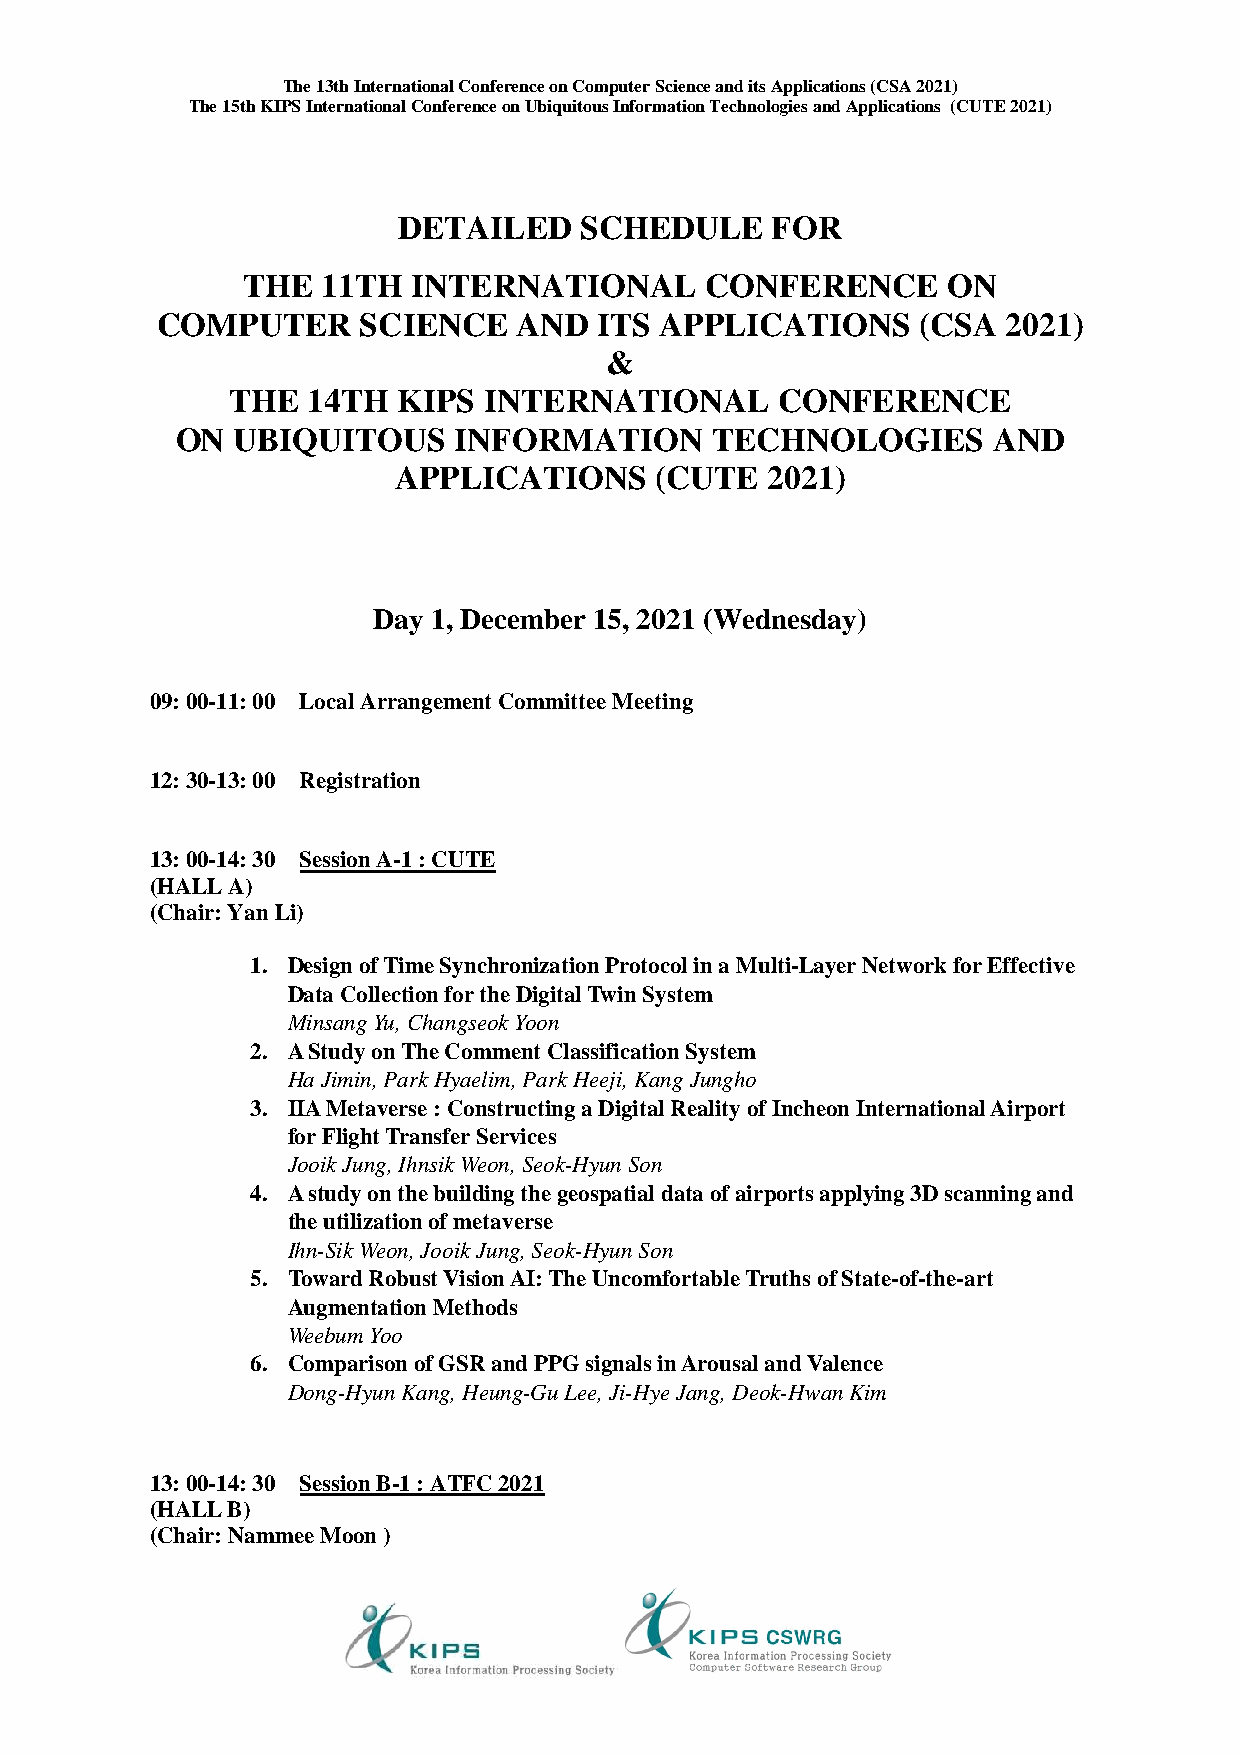
The 13th International Conference on Computer Science and its Applications (CSA 2021)
 The 15th KIPS International Conference on Ubiquitous Information Technologies and Applications (CUTE 2021)
 DETAILED    SCHEDULE     FOR
 THE  11TH  INTERNATIONAL       CONFERENCE      ON
 COMPUTER      SCIENCE   AND   ITS APPLICATIONS     (CSA  2021)
 &
 THE  14TH  KIPS  INTERNATIONAL      CONFERENCE
 ON UBIQUITOUS     INFORMATION      TECHNOLOGIES       AND
 APPLICATIONS     (CUTE   2021)
 Day 1, December 15, 2021 (Wednesday)
 09: 00-11: 00 Local Arrangement Committee Meeting
 12: 30-13: 00 Registration
 13: 00-14: 30 Session A-1 : CUTE
 (HALL A)
 (Chair: Yan Li)
 1. Design of Time Synchronization Protocol in a Multi-Layer Network for Effective
 Data Collection for the Digital Twin System
 Minsang Yu, Changseok Yoon
 2. A Study on The Comment Classification System
 Ha Jimin, Park Hyaelim, Park Heeji, Kang Jungho
 3. IIA Metaverse : Constructing a Digital Reality of Incheon International Airport
 for Flight Transfer Services
 Jooik Jung, Ihnsik Weon, Seok-Hyun Son
 4. A study on the building the geospatial data of airports applying 3D scanning and
 the utilization of metaverse
 Ihn-Sik Weon, Jooik Jung, Seok-Hyun Son
 5. Toward Robust Vision AI: The Uncomfortable Truths of State-of-the-art
 Augmentation Methods
 Weebum Yoo
 6. Comparison of GSR and PPG signals in Arousal and Valence
 Dong-Hyun Kang, Heung-Gu Lee, Ji-Hye Jang, Deok-Hwan Kim
 13: 00-14: 30 Session B-1 : ATFC 2021
 (HALL B)
 (Chair: Nammee Moon )